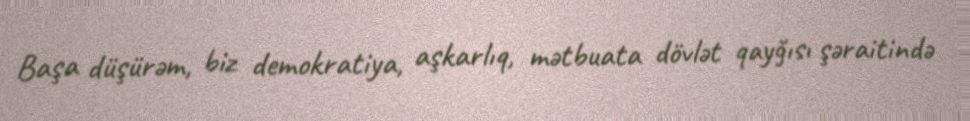
Başa düşürəm, biz demokratiya, aşkarlıq, mətbuata dövlət qayğısı şəraitində